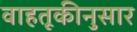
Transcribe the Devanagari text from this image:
वाहतूकीनुसार